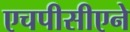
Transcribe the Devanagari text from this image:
एचपीसीएने